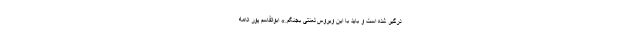
درگیر شده است و باید با این ویروس لعنتی بجنگم.» ابوالقاسم پور ادامه